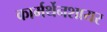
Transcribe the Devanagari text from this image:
कार्मर्थेनशायर